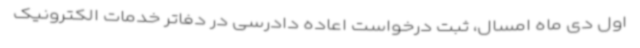
اول دی ماه امسال، ثبت درخواست اعاده دادرسی در دفاتر خدمات الکترونیک